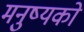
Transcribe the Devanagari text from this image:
मनुष्यको